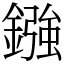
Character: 鏹